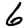
Digit: 6